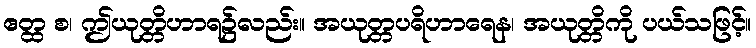
ဧတ္ထ စ၊ ဤယုတ္တိဟာရ၌လည်း။ အယုတ္တပရိဟာရေန၊ အယုတ္တိကို ပယ်သဖြင့်။